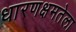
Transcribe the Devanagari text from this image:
धारणक्षमतेला